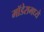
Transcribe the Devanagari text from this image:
मॉडेरामध्ये